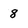
Character: 8